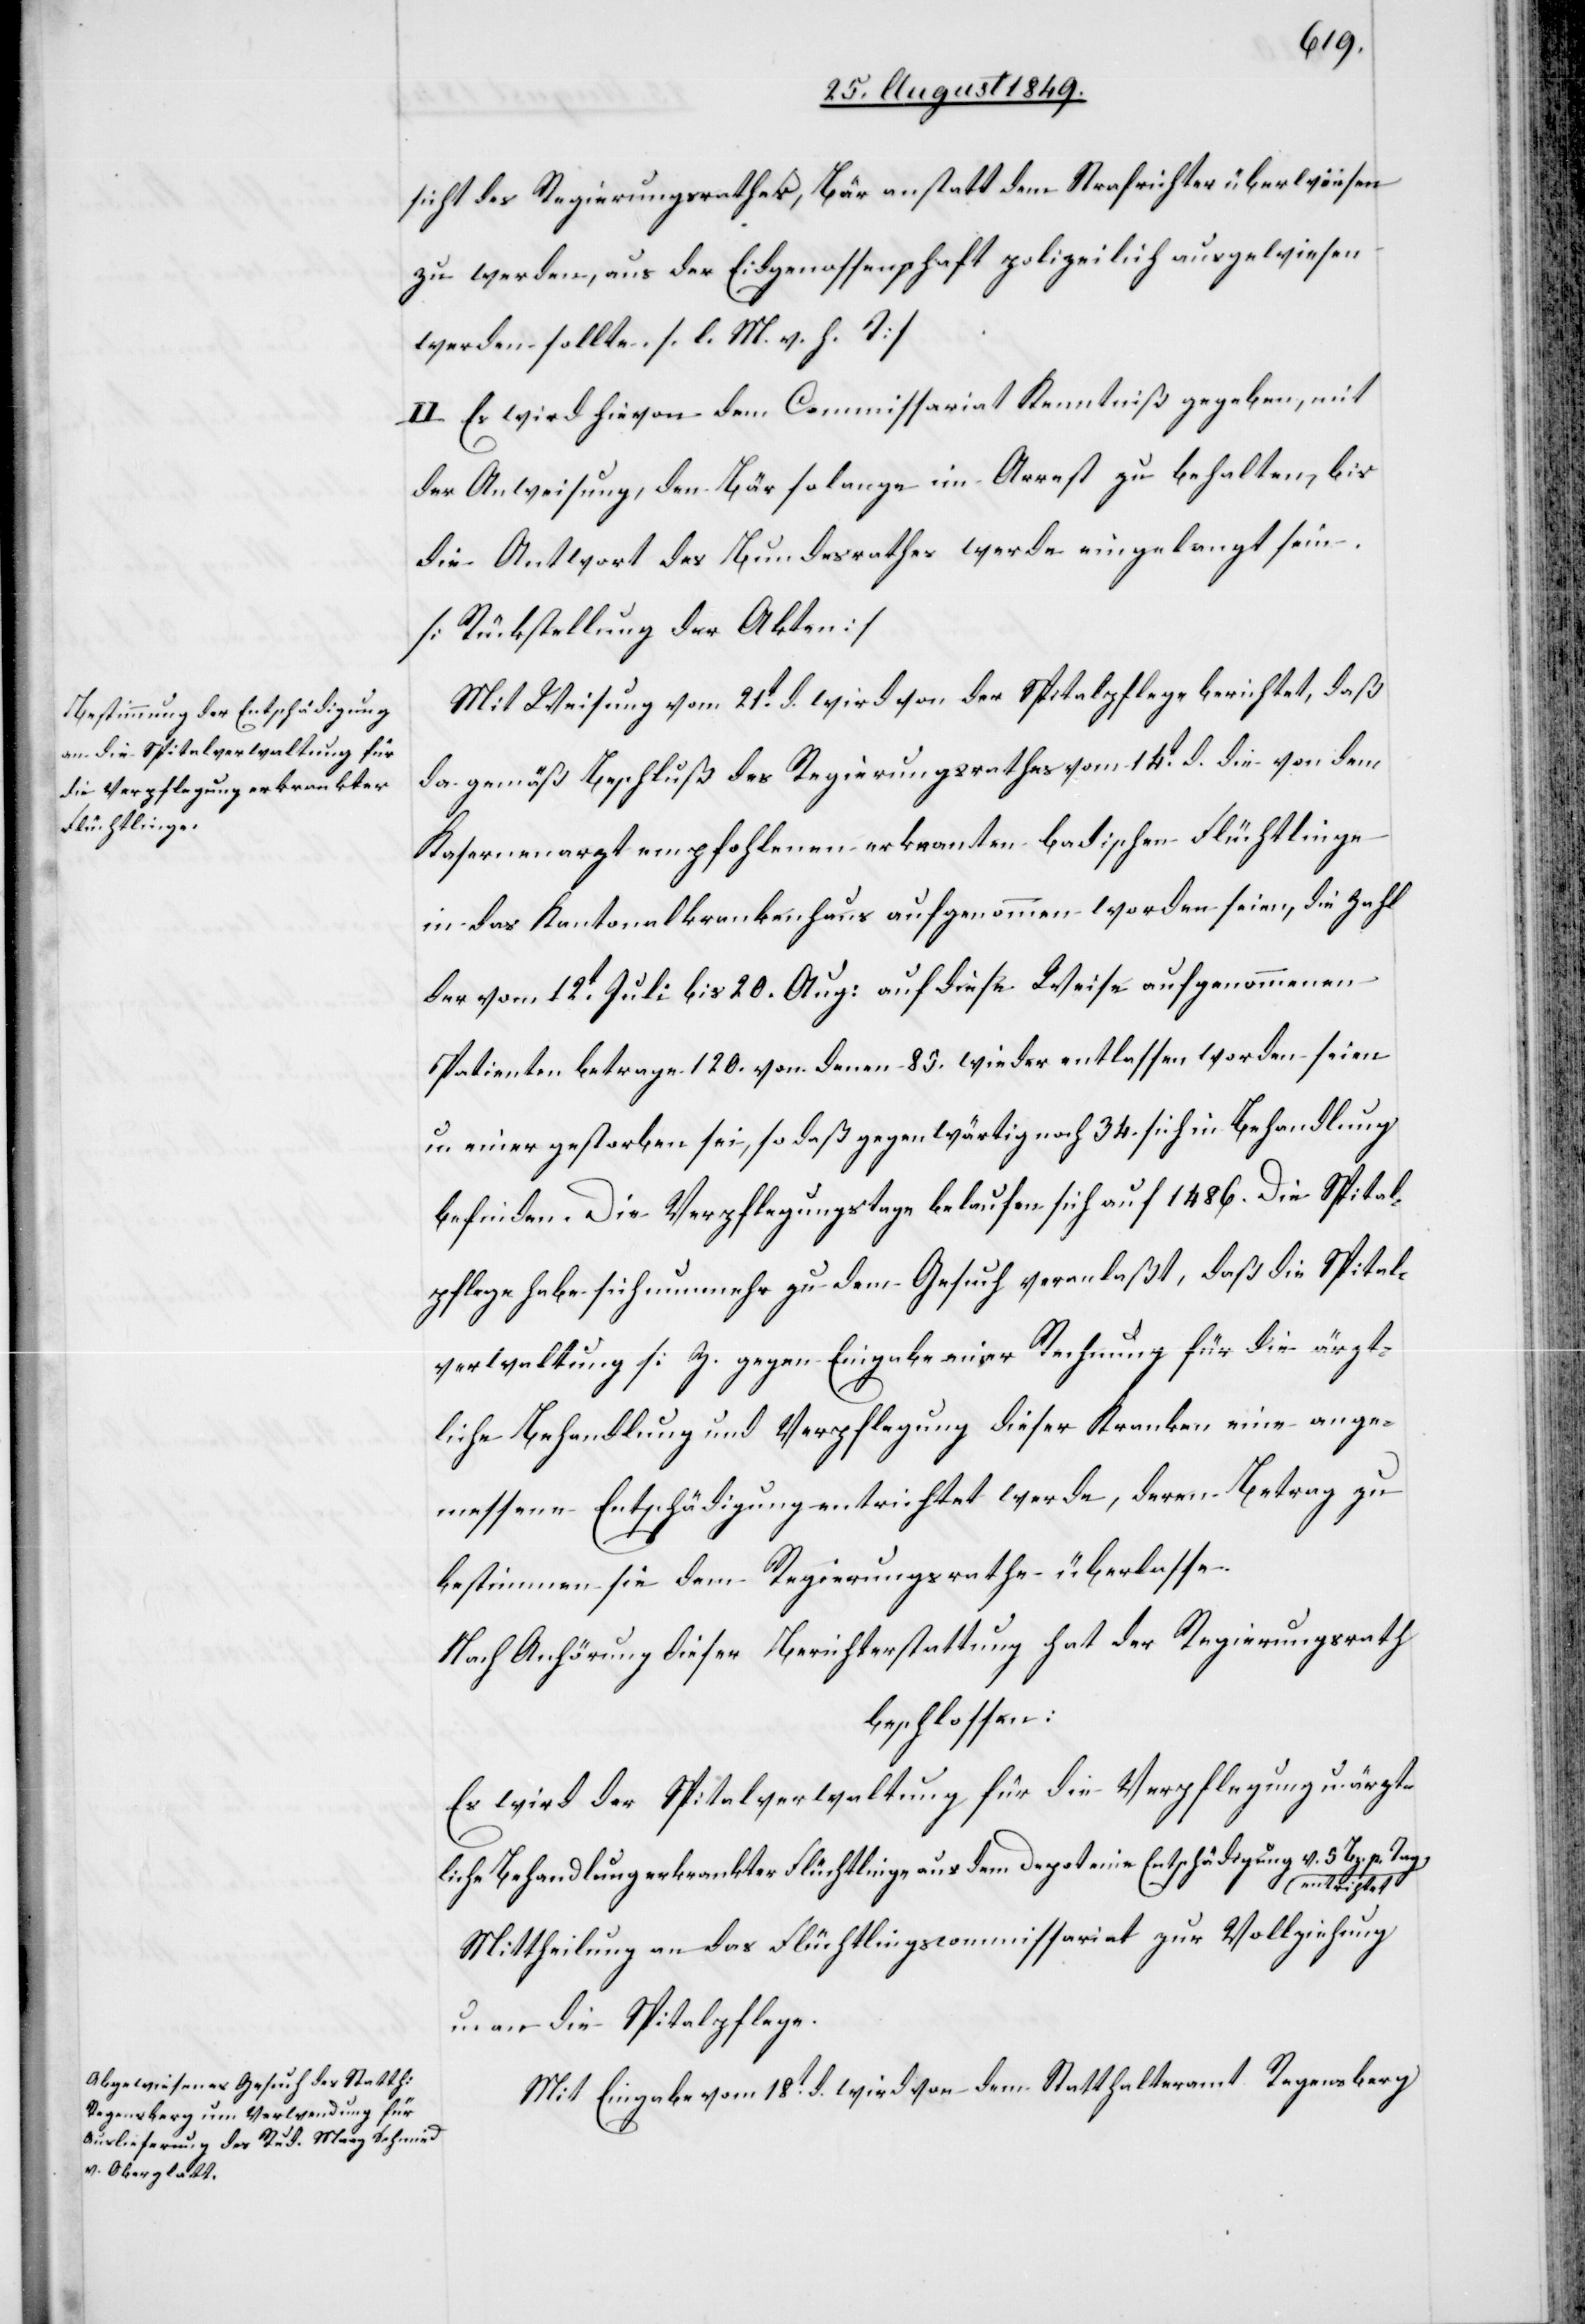
sicht des Regierungsrathes, Bär anstatt dem Strafrichter überwiesen
zu werden, aus der Eidgenossenschaft polizeilich ausgewiesen
werden sollte. [l. M. v. h. T]
II. Es wird hievon dem Commissariat Kenntniß gegeben, mit
der Anweisung den Bär solange in Arrest zu behalten, bis
die Antwort des Bundesrathes werde eingelangt sein.
[Rückstellung der Akten]
Mit Weisung vom 21t d. wird von der Spitalpflege berichtet, daß
da gemäß Beschluß des Regierungsrathes vom 14t d. die von dem
Kasernenarzt empfohlenen erkran[k]ten badischen Flüchtlinge
in das Kantonalkrankenhaus aufgenommen worden seien, die Zahl
der vom 12t Juli bis 20. Aug: auf diese Weise aufgenommenen
Patienten betrage 120. von denen 85. wieder entlassen worden seien
u. einer gestorben sei, so daß gegenwärtig noch 34. sich in Behandlung
befinden. Die Verpflegungstage belaufen sich auf 1486. Die Spital¬
pflege habe sich nunmehr zu dem Gesuch veranlaßt, daß die [recte:
verwaltung s. Z. gegen Eingabe einer Rechnung für die ärzt¬
liche Behandlung und Verpflegung dieser Kranken eine ange¬
messene Entschädigung entrichtet werde, deren Betrag zu
bestimmen sie dem Regierungsrathe überlasse.
Nach Anhörung dieser Berichterstattung hat der Regierungsrath
beschlossen:
Es wird der Spitalverwaltung für die Verpflegung u. ärzt¬
liche Behandlung erkrankter Flüchtlinge aus dem Depot eine Entschädigung v. 5. Bz.
a-entrichtet-a.
Mittheilung an das Flüchtlingscommissariat zur Vollziehung
u. an die Spitalpflege.
Mit Eingabe vom 18t d. wird von dem Statthalteramt Regensberg